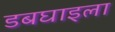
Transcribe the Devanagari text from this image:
डबघाइला